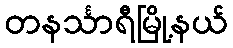
တနင်္သာရီမြို့နယ်